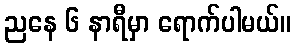
ညနေ ၆ နာရီမှာ ရောက်ပါမယ်။